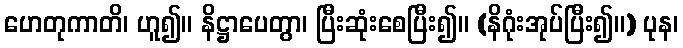
ဟေတုကာတိ၊ ဟူ၍။ နိဋ္ဌာပေတွာ၊ ပြီးဆုံးစေပြီး၍။ (နိဂုံးအုပ်ပြီး၍။) ပုန၊